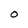
Character: O